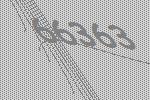
66363